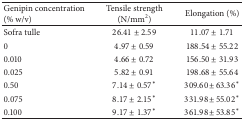
| Genipin concentration (% w/v) | Tensile strength (N/mm2) | Elongation (%) |
 | --- | --- | --- |
 | Sofra tulle | 26.41 ± 2.59 | 11.07 ± 1.71 |
 | 0 | 4.97 ± 0.59 | 188.54 ± 55.22 |
 | 0.010 | 4.66 ± 0.72 | 156.50 ± 31.93 |
 | 0.025 | 5.82 ± 0.91 | 198.68 ± 55.64 |
 | 0.50 | 7.14 ± 0.57* | 309.60 ± 63.36* |
 | 0.075 | 8.17 ± 2.15* | 331.98 ± 55.02* |
 | 0.100 | 9.17 ± 1.37* | 361.98 ± 53.85* |